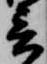
言